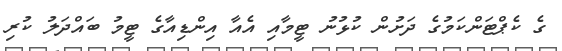
ގެ ކެޕްޓަންކަމުގެ ދަށުން ކުޅުނު ޓީމާއި އެއާ އިންޑިއާގެ ޓީމު ބައްދަލު ކުރި